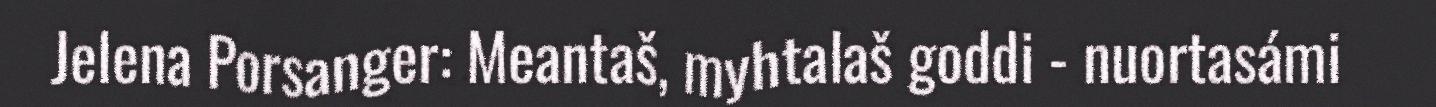
Jelena Porsanger: Meantaš, myhtalaš goddi - nuortasámi